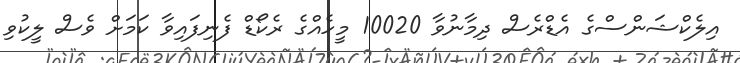
އިލެކްޝަންސްގެ އެޑްރެސް ދިމާނުވާ 10020 މީހެއްގެ ރެކޯޑް ފެނިފައިވާ ކަމަށް ވެސް ލީކުވި